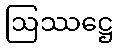
ဩဿဋ္ဌေ